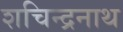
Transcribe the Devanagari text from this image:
शचिन्द्रनाथ